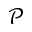
\mathcal { P }